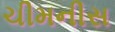
ચીમનીસ